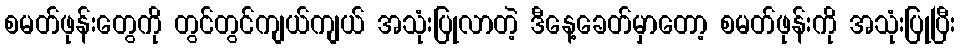
စမတ်ဖုန်းတွေကို တွင်တွင်ကျယ်ကျယ် အသုံးပြုလာတဲ့ ဒီနေ့ခေတ်မှာတော့ စမတ်ဖုန်းကို အသုံးပြုပြီး